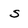
Character: s